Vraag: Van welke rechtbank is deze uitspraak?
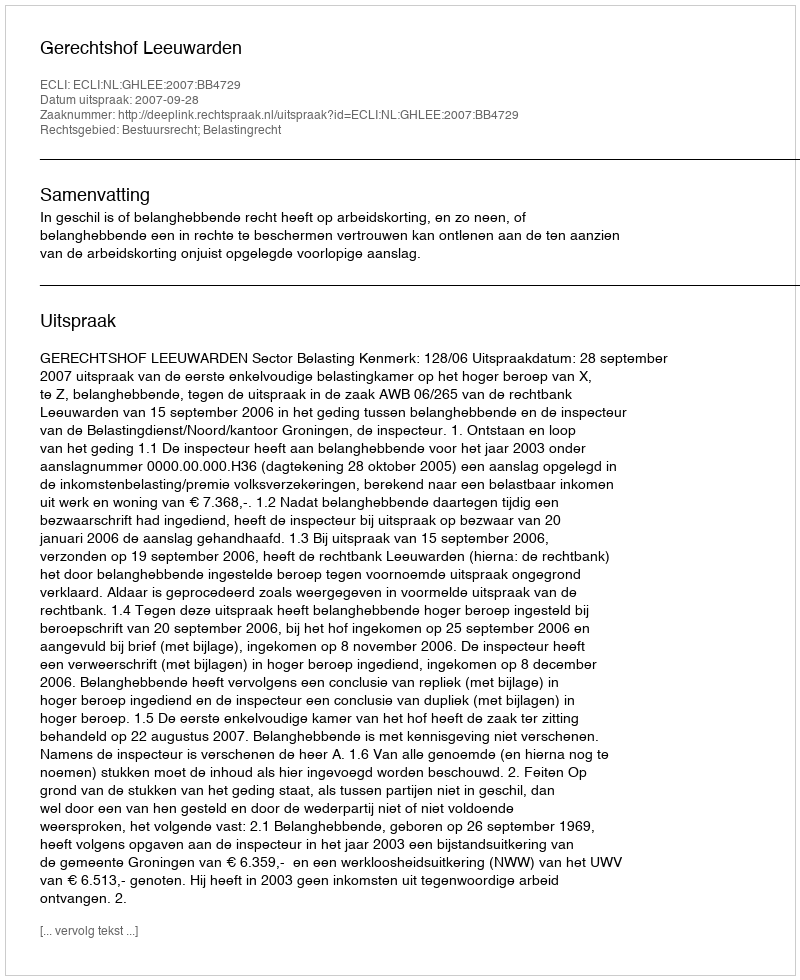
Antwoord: Gerechtshof Leeuwarden